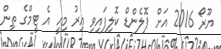
ޔޫރޯ 2016 އަށް ޕޮލެންޑް ކޮލިފައިވި އިރު މިއީ އެ ޓީމްގެ ތިން